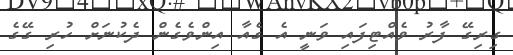
ގިރިގޭ ފާރު ވެއްޓިފައި ވަނީ އެ ގެއާ އިންވެގެން ދެކުނަށް ހުރި ގޭގެ